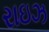
રાઇઝ